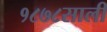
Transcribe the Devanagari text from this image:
१८७८साली